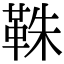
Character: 𩊣